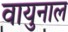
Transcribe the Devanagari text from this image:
वायुनाल